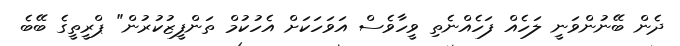
ދެން ބޭނުންވަނީ ލަހެއް ފަހެއްނެތި ވީހާވެސް އަވަހަކަށް އެހުކުމް ތަންފީޒުކުރުން" ޕްރީތީގެ ބޭބެ